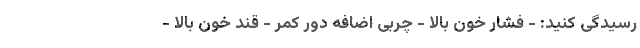
رسیدگی کنید: - فشار خون بالا - چربی اضافه دور کمر - قند خون بالا -